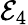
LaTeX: \mathcal{E}_{4}